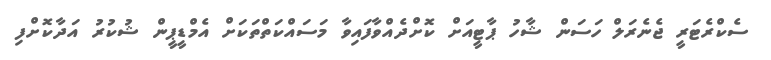
ސެކްރެޓަރީ ޖެނެރަލް ހަސަން ޝާހު ޕާޓީއަށް ކޮށްދެއްވާފައިވާ މަސައްކަތްތަކަށް އެމްޑީޕީން ޝުކުރު އަދާކޮށްފި